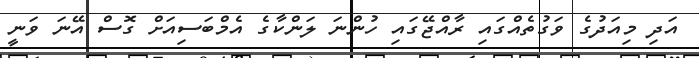
އަދި މިއަދުގެ ވަގުތެއްގައި ރާއްޖޭގައި ހުންނަ ލަންކާގެ އެމްބަސިއަށް ގޮސް އޭނަ ވަނީ